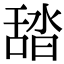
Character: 𦧟